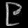
Digit: ၉